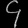
Digit: ၄